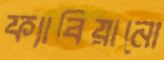
ফ্যাবিয়ানো